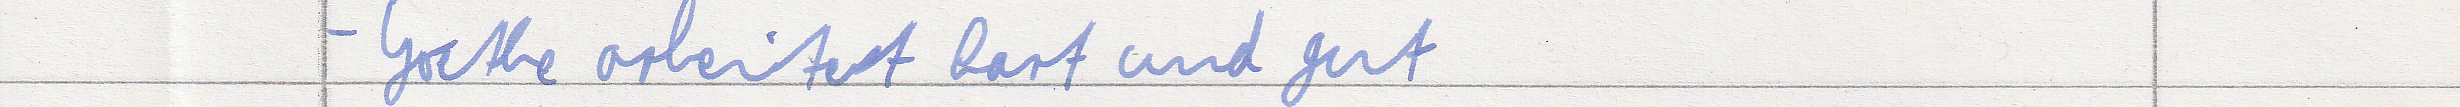
- Goethe arbeitet hart und gut